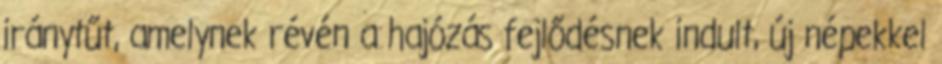
iránytűt, amelynek révén a hajózás fejlődésnek indult, új népekkel